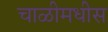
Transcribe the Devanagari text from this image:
चाळीमधीस